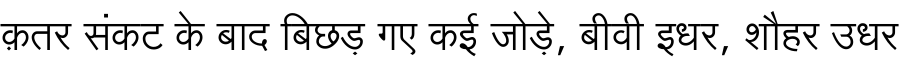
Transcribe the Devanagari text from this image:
क़तर संकट के बाद बिछड़ गए कई जोड़े, बीवी इधर, शौहर उधर